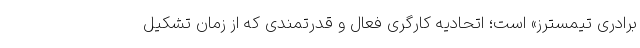
برادری تیمِسترز» است؛ اتحادیه‌ کارگری فعال و قدرتمندی که از زمان تشکیل